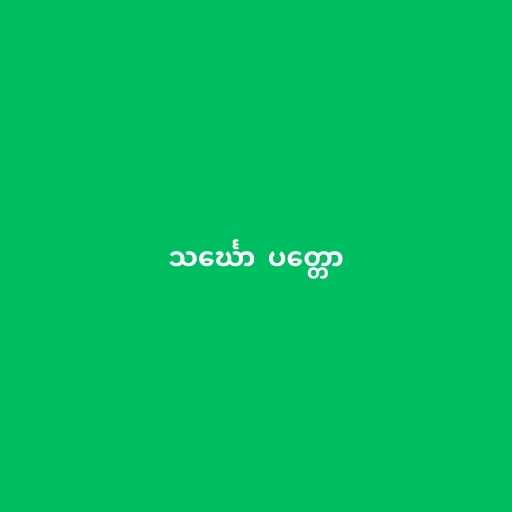
သင်္ဃော  ပတ္တော